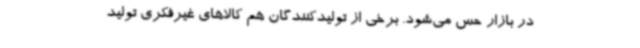
در بازار حس می‌شود. برخی از تولیدکنندگان هم کالاهای غیرفکری تولید